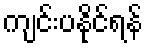
ကျင်းပနိုင်ရန်